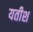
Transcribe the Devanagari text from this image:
यतीश